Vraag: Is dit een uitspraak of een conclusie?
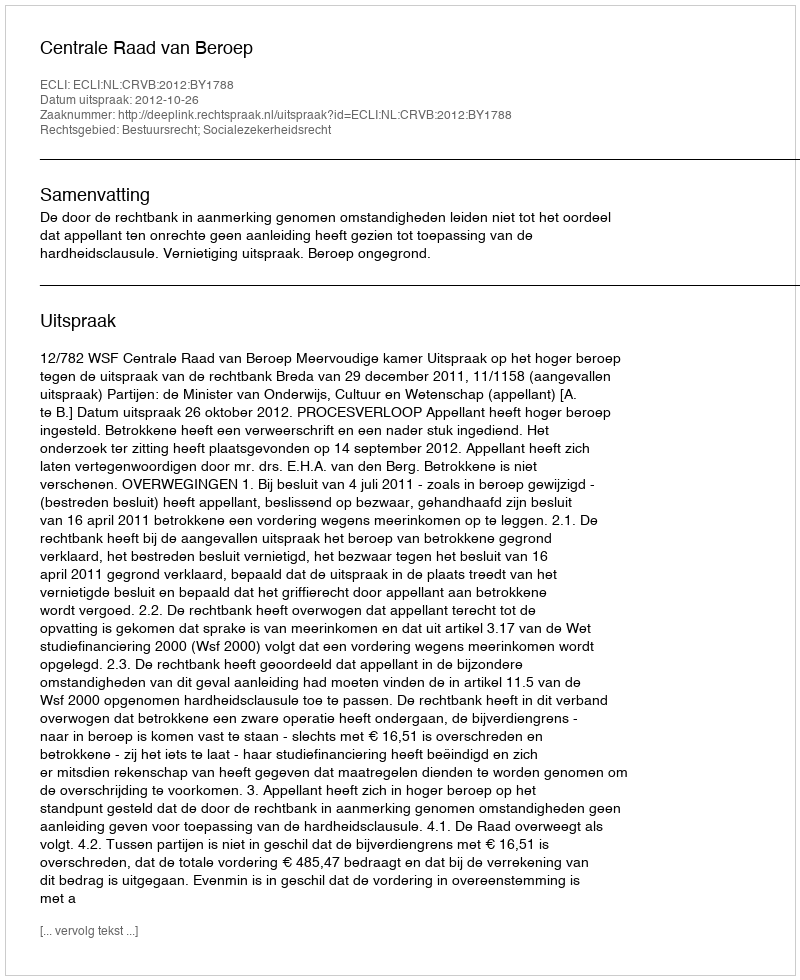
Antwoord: Uitspraak